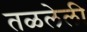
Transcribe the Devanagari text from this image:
तळलेली